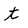
Character: t